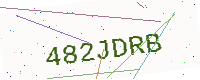
Text: 482JDRB